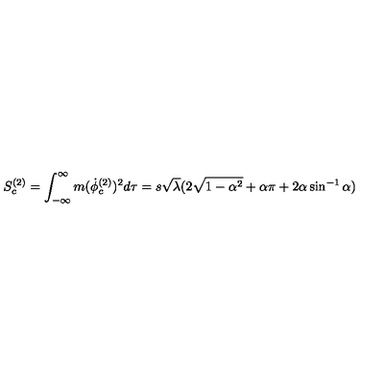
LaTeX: S _ { c } ^ { ( 2 ) } = \int _ { - \infty } ^ { \infty } m ( { \dot { \phi } } _ { c } ^ { ( 2 ) } ) ^ { 2 } d \tau = s \sqrt \lambda ( 2 \sqrt { 1 - \alpha ^ { 2 } } + \alpha \pi + 2 \alpha \sin ^ { - 1 } \alpha )